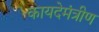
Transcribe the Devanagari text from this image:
कायदेमंत्रीण